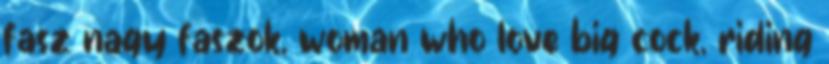
fasz nagy faszok, woman who love big cock, riding